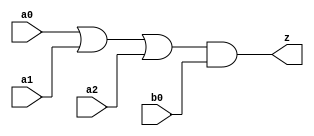
//#############################################################################
//# Function: Or-And (oa31) Gate                                              #
//# Copyright: OH Project Authors. ALl rights Reserved.                       #
//# License:  MIT (see LICENSE file in OH repository)                         #
//#############################################################################

module asic_oa31 #(parameter PROP = "DEFAULT")   (
    input  a0,
    input  a1,
    input  a2,
    input  b0,
    output z
    );

   assign z = (a0 | a1 | a2) & b0;

endmodule